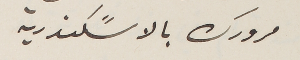
مرورك بالاسًكندرية